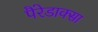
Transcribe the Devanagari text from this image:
पैरेडाक्सा